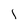
Character: l